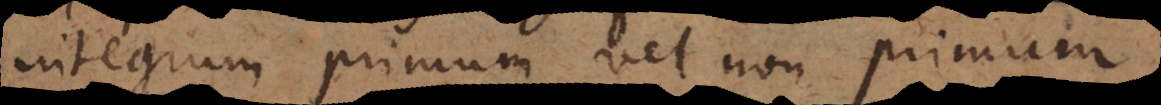
integrum primum vel non‐primum